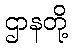
ဌာနတို့